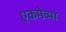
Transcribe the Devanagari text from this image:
एकमेव्या